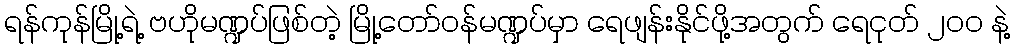
ရန်ကုန်မြို့ရဲ့ ဗဟိုမဏ္ဍပ်ဖြစ်တဲ့ မြို့တော်ဝန်မဏ္ဍပ်မှာ ရေဖျန်းနိုင်ဖို့အတွက် ရေငုတ် ၂၀၀ နဲ့